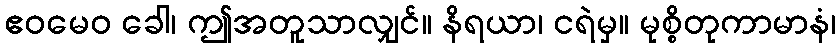
ဧဝမေဝ ခေါ၊ ဤအတူသာလျှင်။ နိရယာ၊ ငရဲမှ။ မုစ္စိတုကာမာနံ၊